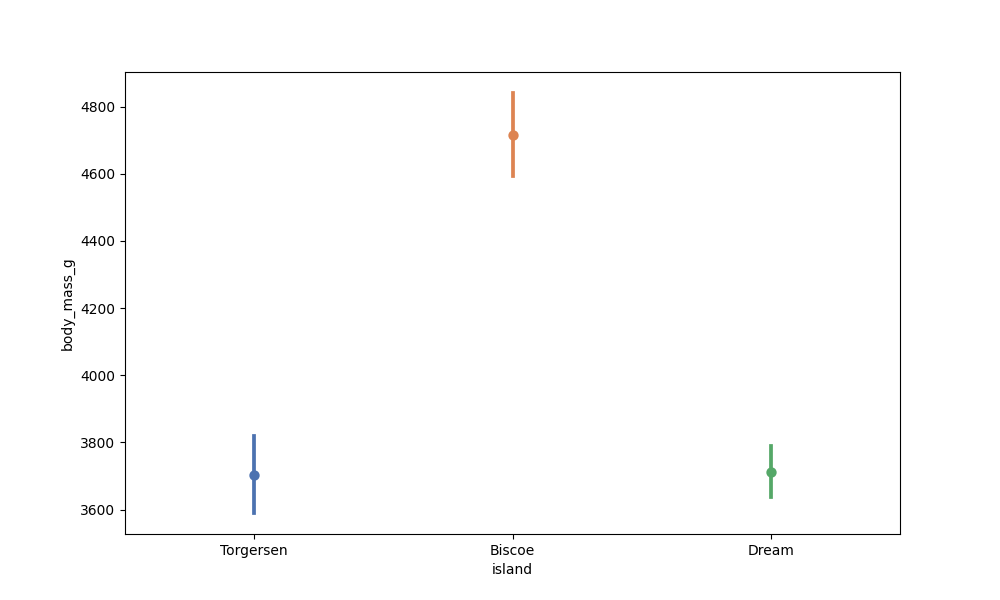
python, seaborn, pointplot, scale=1.0, join=False, hue='None', palette='deep'